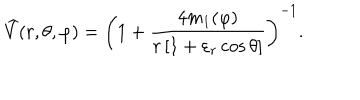
{ \widehat { V } } ( r , \theta , \varphi ) = \left( 1 + { \frac { 4 m _ { 1 } ( \varphi ) } { r \left[ 1 + \varepsilon _ { r } \cos \theta \right] } } \right) ^ { - 1 } .